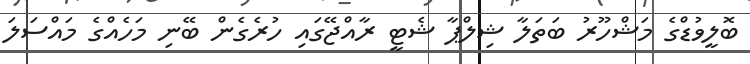
ބޮލީވުޑްގެ މަޝްހޫރު ބަތަލާ ޝިލްޕާ ޝެޓީ ރާއްޖޭގައި ހުރެގެން ބޭނި މަހެއްގެ މައްސަލަ